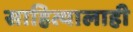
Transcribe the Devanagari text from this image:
साहित्यालाही